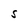
Character: S